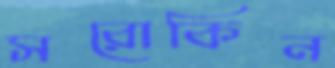
সরোকিন